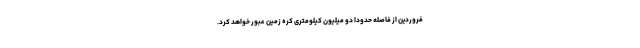
فروردین از فاصله حدودا دو میلیون کیلومتری کره زمین عبور خواهد کرد.